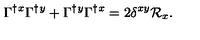
\Gamma ^ { \dagger } { } ^ { x } \Gamma ^ { \dagger } { } ^ { y } + \Gamma ^ { \dagger } { } ^ { y } \Gamma ^ { \dagger } { } ^ { x } = 2 \delta ^ { x y } \mathcal { R } _ { x } .